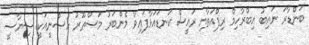
ބަންޑާރަ ނައިބު އިބްރާހިމް ރިފްއަތާއި ރައީސް ކަނޑައަޅާފައިވާ މެންބަރު މަސްތޫރު ހުސްނީއަކީ ސިޔާސީ